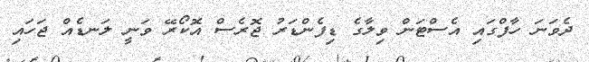
ދެވަަނަ ހާފްގައި އެސްޓަން ވިލާގެ ޑިފެންޑަރު ޖޮރެސް އޮކޯރޭ ވަނީ ލަނޑެއް ޖަހައި